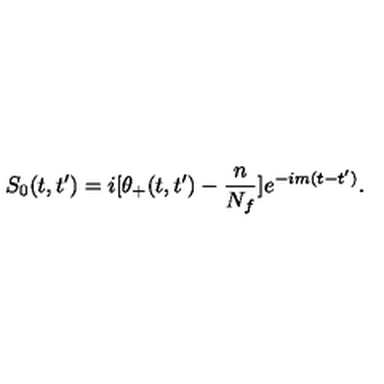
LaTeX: S _ { 0 } ( t , t ^ { \prime } ) = i [ \theta _ { + } ( t , t ^ { \prime } ) - { \frac { n } { N _ { f } } } ] e ^ { - i m ( t - t ^ { \prime } ) } .